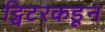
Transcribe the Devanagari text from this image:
ट्विटरकडून